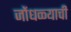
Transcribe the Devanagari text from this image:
जोंधळ्याची